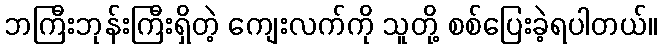
ဘကြီးဘုန်းကြီးရှိတဲ့ ကျေးလက်ကို သူတို့ စစ်ပြေးခဲ့ရပါတယ်။